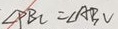
\angle P B C = \angle A B V